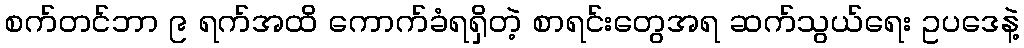
စက်တင်ဘာ ၉ ရက်အထိ ကောက်ခံရရှိတဲ့ စာရင်းတွေအရ ဆက်သွယ်ရေး ဥပဒေနဲ့